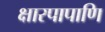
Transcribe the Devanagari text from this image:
क्षारपापाणि